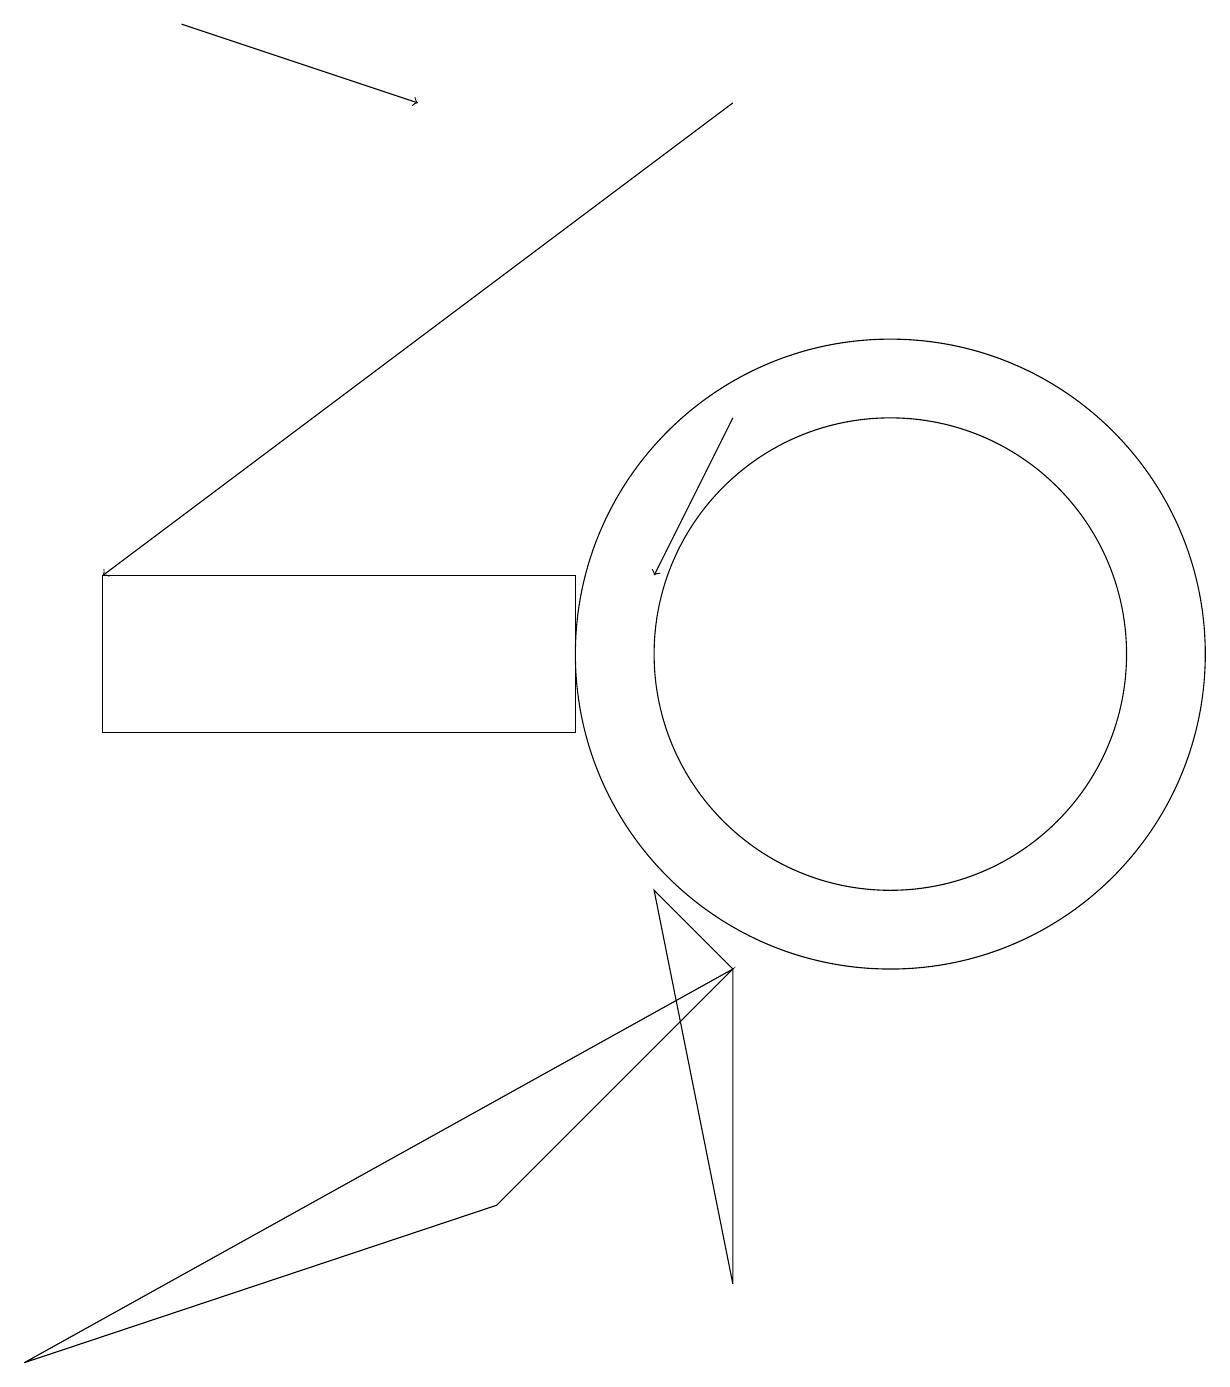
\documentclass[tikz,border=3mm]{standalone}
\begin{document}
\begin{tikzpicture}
\draw[->] (2,19) -- (5,18);
\draw (11,11) circle (4);
\draw[->] (9,14) -- (8,12);
\draw (0,2) -- (6,4) -- (9,7) -- cycle;
\draw (9,3) -- (8,8) -- (9,7) -- cycle;
\draw[->] (9,18) -- (1,12);
\draw (11,11) circle (3);
\draw (7,10) rectangle (1,12);
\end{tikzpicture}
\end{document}